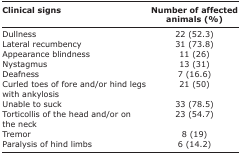
<table><thead><tr><td><b>Clinical signs</b></td><td><b>Number of affected animals (%)</b></td></tr></thead><tbody><tr><td>Dullness</td><td>22 (52.3)</td></tr><tr><td>Lateral recumbency</td><td>31 (73.8)</td></tr><tr><td>Appearance blindness</td><td>11 (26)</td></tr><tr><td>Nystagmus</td><td>13 (31)</td></tr><tr><td>Deafness</td><td>7 (16.6)</td></tr><tr><td>Curled toes of fore and/or hind legs with ankylosis</td><td>21 (50)</td></tr><tr><td>Unable to suck</td><td>33 (78.5)</td></tr><tr><td>Torticollis of the head and/or on the neck</td><td>23 (54.7)</td></tr><tr><td>Tremor</td><td>8 (19)</td></tr><tr><td>Paralysis of hind limbs</td><td>6 (14.2)</td></tr></tbody></table>